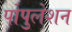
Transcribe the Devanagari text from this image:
पोपुलेशन